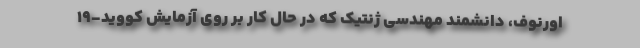
اورنوف، دانشمند مهندسی ژنتیک که در حال کار بر روی آزمایش کووید-۱۹